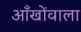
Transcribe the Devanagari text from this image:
आँखोंवाला